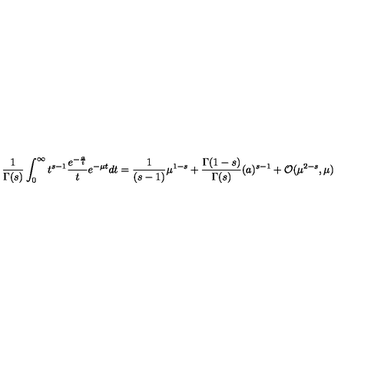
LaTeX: { \frac { 1 } { \Gamma ( s ) } } \int _ { 0 } ^ { \infty } t ^ { s - 1 } { \frac { e ^ { - { \frac { a } { t } } } } { t } } e ^ { - \mu t } d t = { \frac { 1 } { ( s - 1 ) } } \mu ^ { 1 - s } + { \frac { \Gamma ( 1 - s ) } { \Gamma ( s ) } } ( { a } ) ^ { s - 1 } + { \cal O } ( \mu ^ { 2 - s } , \mu )